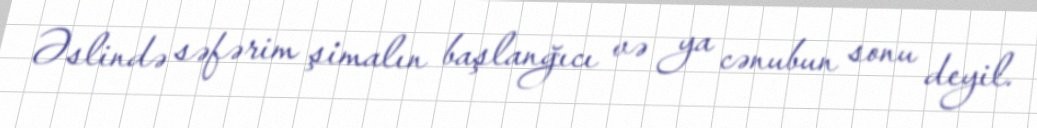
Əslində səfərim şimalın başlanğıcı və ya cənubun sonu deyil.